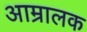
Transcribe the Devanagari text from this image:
आम्रालक